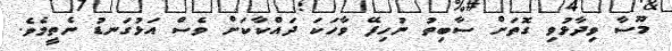
މޫސާ ވިދާޅުވި ގޮތަށް ސާބިތު ނުހިފޭ ވާހަކަ ދައްކާކަށް ވެސް އަޅުގަނޑު ނެތީމެވެ.